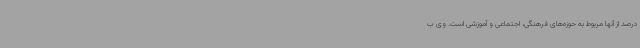
درصد از آنها مربوط به حوزه‌های فرهنگی، اجتماعی و آموزشی است. وی ب